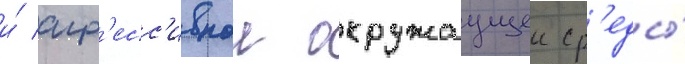
и́ агр'есс'ивнои окружаущеи ср'еды́